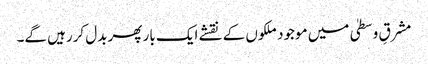
مشرقِ وسطیٰ میں موجود ملکوں کے نقشے ایک بار پھر بدل کررہیں گے۔